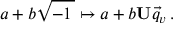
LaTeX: a + b { \sqrt { - 1 \, } } \mapsto a + b \mathbf { U } { \vec { q } } _ { v } \, .